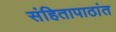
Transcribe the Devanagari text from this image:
संहितापाठांत